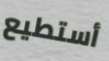
أستطيع